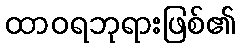
ထာဝရဘုရားဖြစ်၏